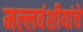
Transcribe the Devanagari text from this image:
मल्लवंशीयांचे